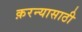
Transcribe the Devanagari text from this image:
क़रन्यासाठी